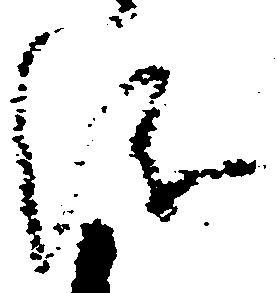
儀